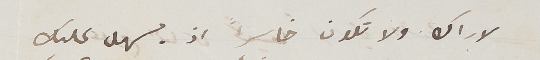
لاراك ولا تكون خاسراً اذ يسهل عليك